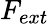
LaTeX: F_{ext}